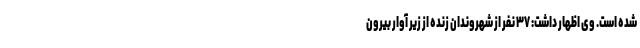
شده است. وی اظهار داشت: ۳۷ نفر از شهروندان زنده از زیر آوار بیرون